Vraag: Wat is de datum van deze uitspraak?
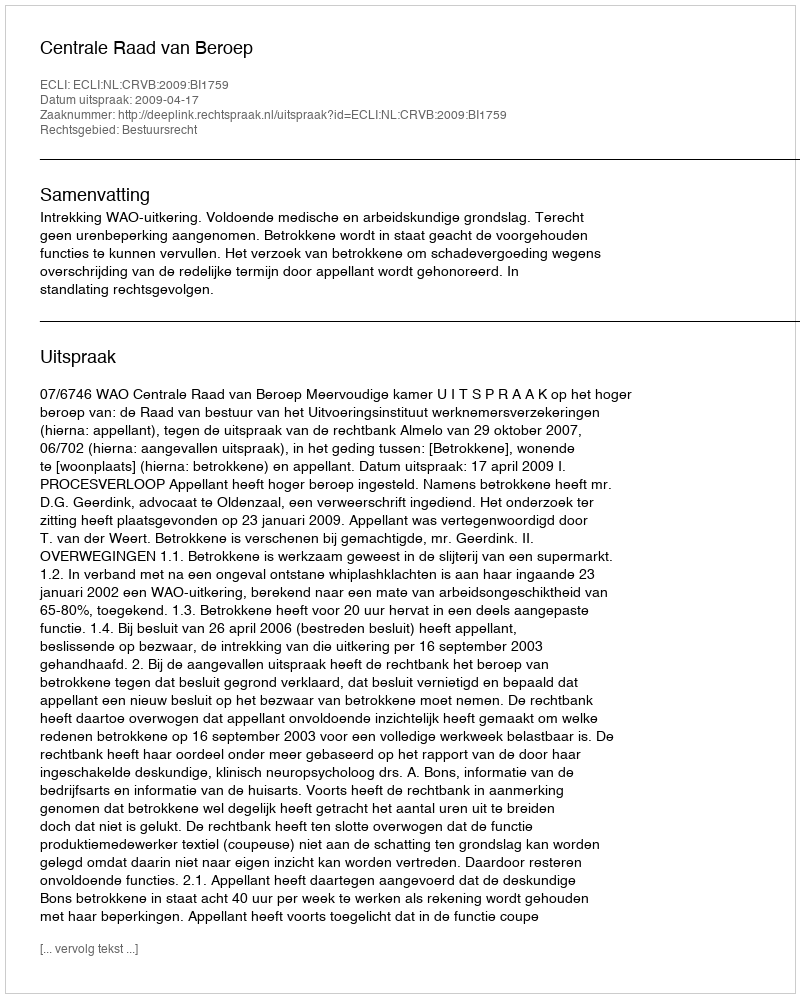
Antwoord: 2009-04-17